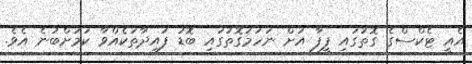
އެއީ ޓެކްސްގެ ގޮތުގައި ފީފާ އަށް ނަހަމަގޮތުގައި ބޮޑު ފައިދާތަކެއްވާ ކަމަށްބުނެ އެވެ.